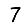
Digit: 7